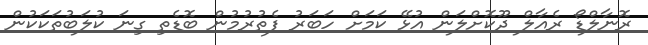
ރޮނާލްޑޯ ރެއާލް ދޫކޮށްލަން އުޅޭ ކަމަށް ހަބަރު ފެތުރުމުން ބޮޑެތި ގިނަ ކުލަބުތަކަކުން